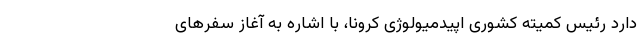
دارد رئیس کمیته کشوری اپیدمیولوژی کرونا، با اشاره به آغاز سفرهای